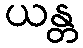
ယန္တ